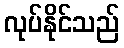
လုပ်နိုင်သည်